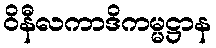
ဝိနီလကာဒိကမ္မဋ္ဌာန